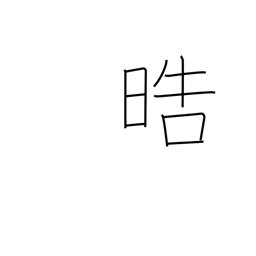
Meaning: pure